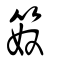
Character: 笯